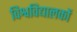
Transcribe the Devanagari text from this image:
विश्वविद्यालकों